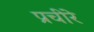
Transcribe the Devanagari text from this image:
प्रचीरे